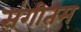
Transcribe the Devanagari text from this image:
संगीतम्‌